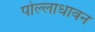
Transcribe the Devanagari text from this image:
पोल्लाधावन